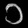
Digit: ၁